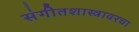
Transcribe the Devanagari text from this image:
संगीतशास्त्रावरचा